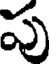
పు